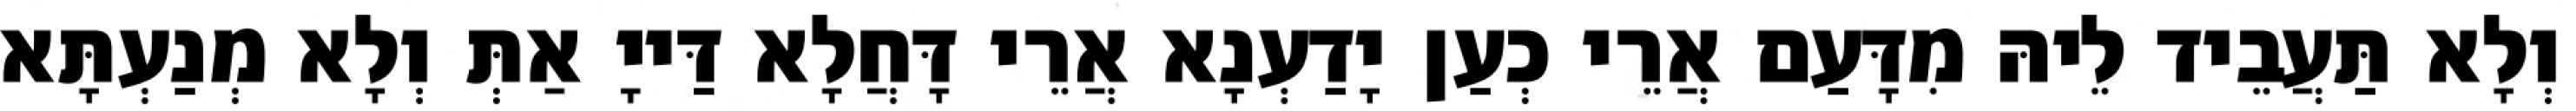
וְלָא תַּעֲבֵיד לֵיהּ מִדָּעַם אֲרֵי כְעַן יָדַעְנָא אֲרֵי דָּחֲלָא דַּייָ אַתְּ וְלָא מְנַעְתָּא